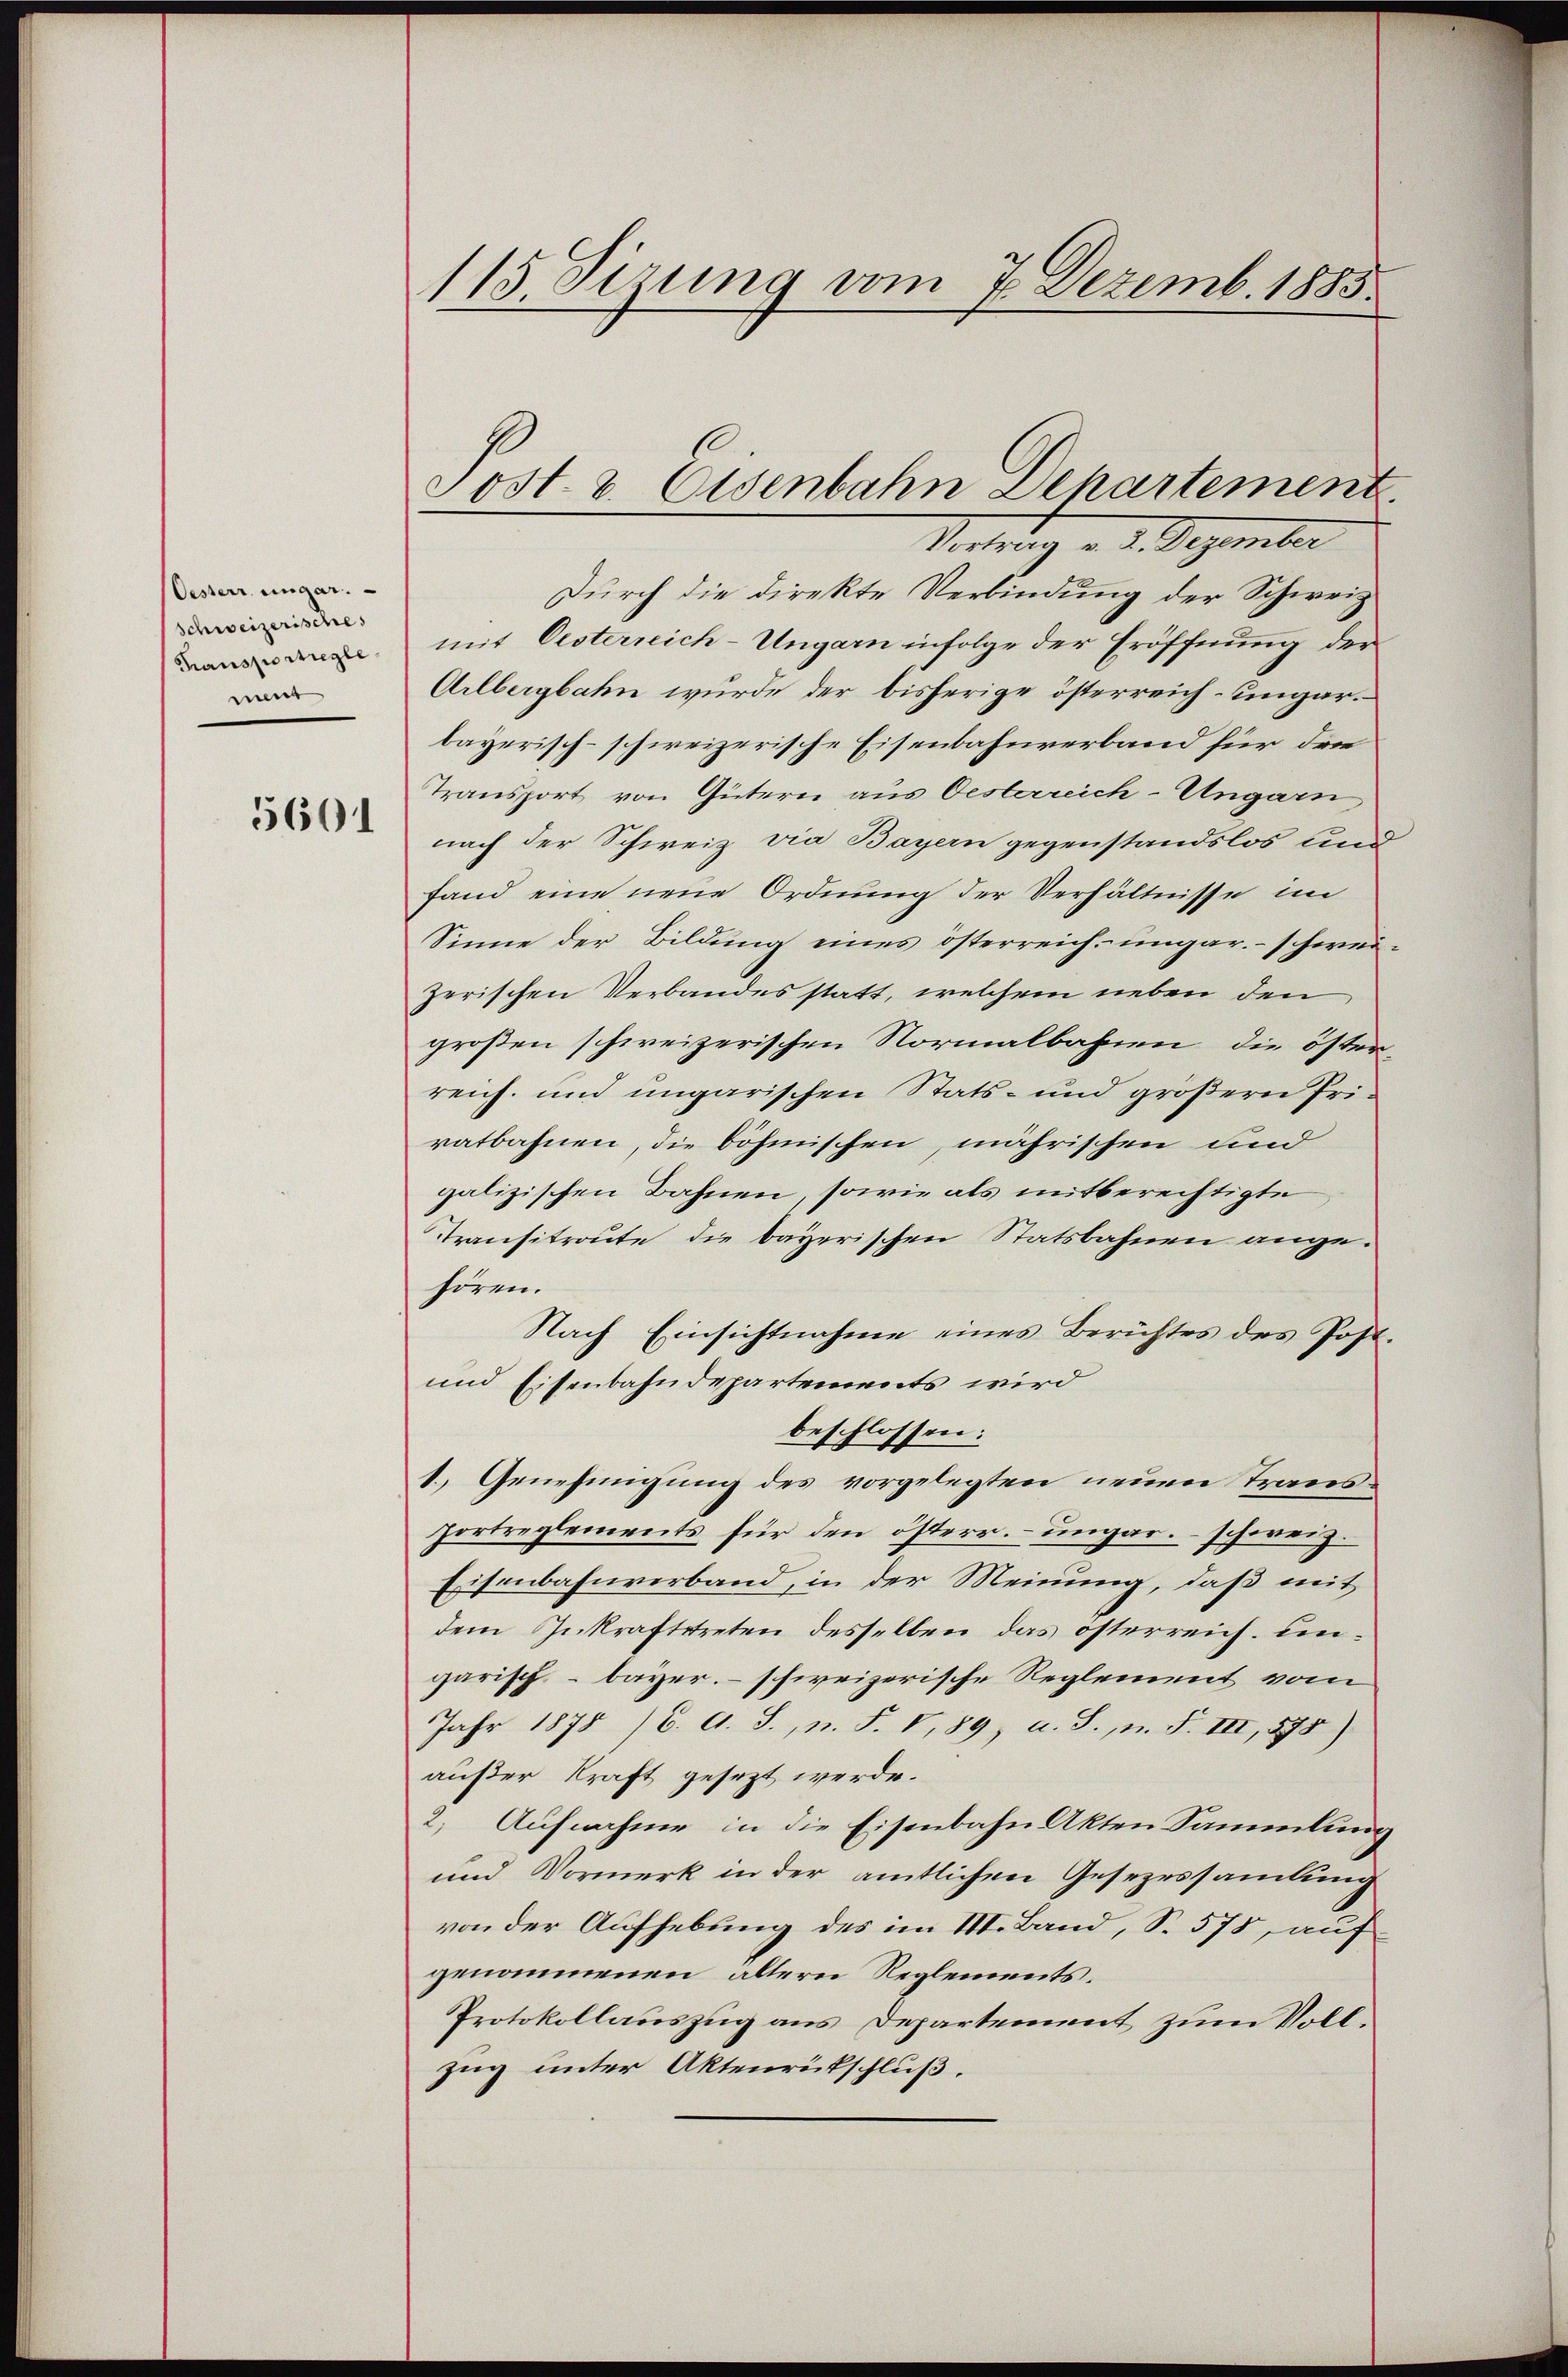
Oesterr. ungar.
Schweizerisches
Transportregle
mn

5601

115. Sizung vom 7. Dezemb. 1885.

Sost. v. Osenbahn Dehartement

Vortrag v. 3. Dezember
Durch die direkte Verbindung der Schweiz
mit Oesterreich-Ungarn infolge der Eröffnung der
Arlbergbahn wurde der bisherige österreich-ungarbayerisch-schweizerische Eisenbahnverband für den
Transport von Gütern aus Oesterreich-Ungarn,
nach der Schweiz via Bayern gegenstandslos und
fand eine neue Ordnung der Verhältnisse im
Sinne der Bildung eines österreich ungar. - schweizerischen Verbandes statt, welchem neben den
großen schweizerischen Normalbahnen, die öster-
reich und ungarischen Stats- und größern Priratbahnen, die böhmischen, mährischen und
galizischen Bahnen, sowie als mitberechtigte
Transitraute die bayerischen Statsbahnen angehören.
Nach Einsichtnahme eines Berichtes des Post.
und Eisenbahndepartements wird
beschlossen:
1.) Genehmigung des vorgelegten neuen Trans¬
Portreglements für den österr. ungar. – schweiz
Eisenbahnverband, in der Meinung, daß mit
dem Inkraftstreten desselben das österreich. Eingarisch - bayer. – schweizerische Reglement vom
Jahr 1875 /6. A. S., n. F. V, 89, u. S., n. F. III, 598)
außer Kraft gesezt werde.
2. Aufnahme in die Eisenbahn Akten Sammlung
und Vormerk in der amtlichen Gesezessammlung
von der Aufhebung des im III. Band, S. 575, auf
genommenen ältern Reglements.
Protokollauszug aus Departement zum Vollzug unter Aktenrütschluß.